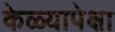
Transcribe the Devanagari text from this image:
केळ्यापेक्षा